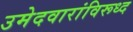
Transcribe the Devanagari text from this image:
उमेदवारांविरूध्द